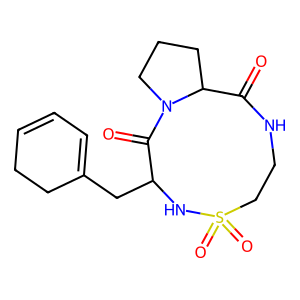
SMILES: O=C1NCCS(=O)(=O)NC(CC2=CC=CCC2)C(=O)N2CCCC12
Inhibits HIV replication: No